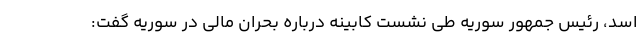
اسد، رئیس­ جمهور سوریه طی نشست کابینه درباره بحران مالی در سوریه گفت: